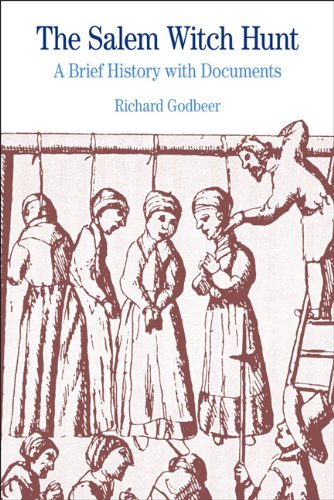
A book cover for The Salem Witch Hunt: A Brief History with Documents; Richard Godbeer; History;